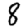
Digit: 8